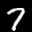
Label: 7